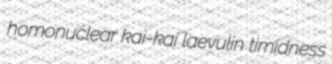
homonuclear kai-kai laevulin timidness